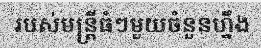
របស់មន្ត្រីធំៗមួយចំនួនហ្នឹង